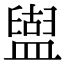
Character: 𥂤